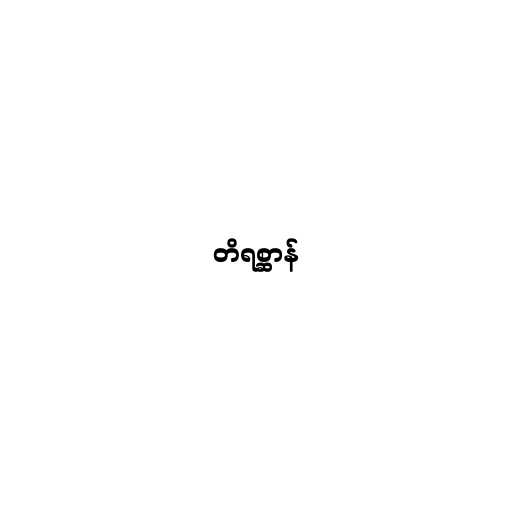
တိရစ္ဆာန်